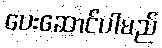
ပေးဆောင်ပါမည်